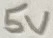
Text: 5V